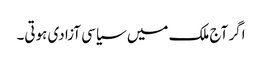
اگر آج ملک میں سیاسی آزادی ہوتی۔